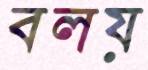
বলয়